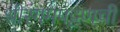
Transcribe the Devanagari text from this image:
श्रीरंगमपट्टणची